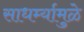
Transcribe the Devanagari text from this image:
साधर्म्यामुळे